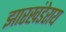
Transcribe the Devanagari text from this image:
झारखंडेराय